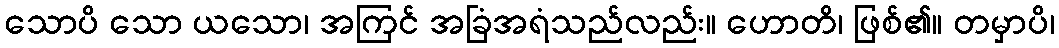
သောပိ သော ယသော၊ အကြင် အခြံအရံသည်လည်း။ ဟောတိ၊ ဖြစ်၏။ တမှာပိ၊